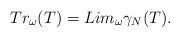
LaTeX: \begin{align*}Tr_{\omega}(T)=Lim_{\omega}{\gamma}_N(T).\end{align*}